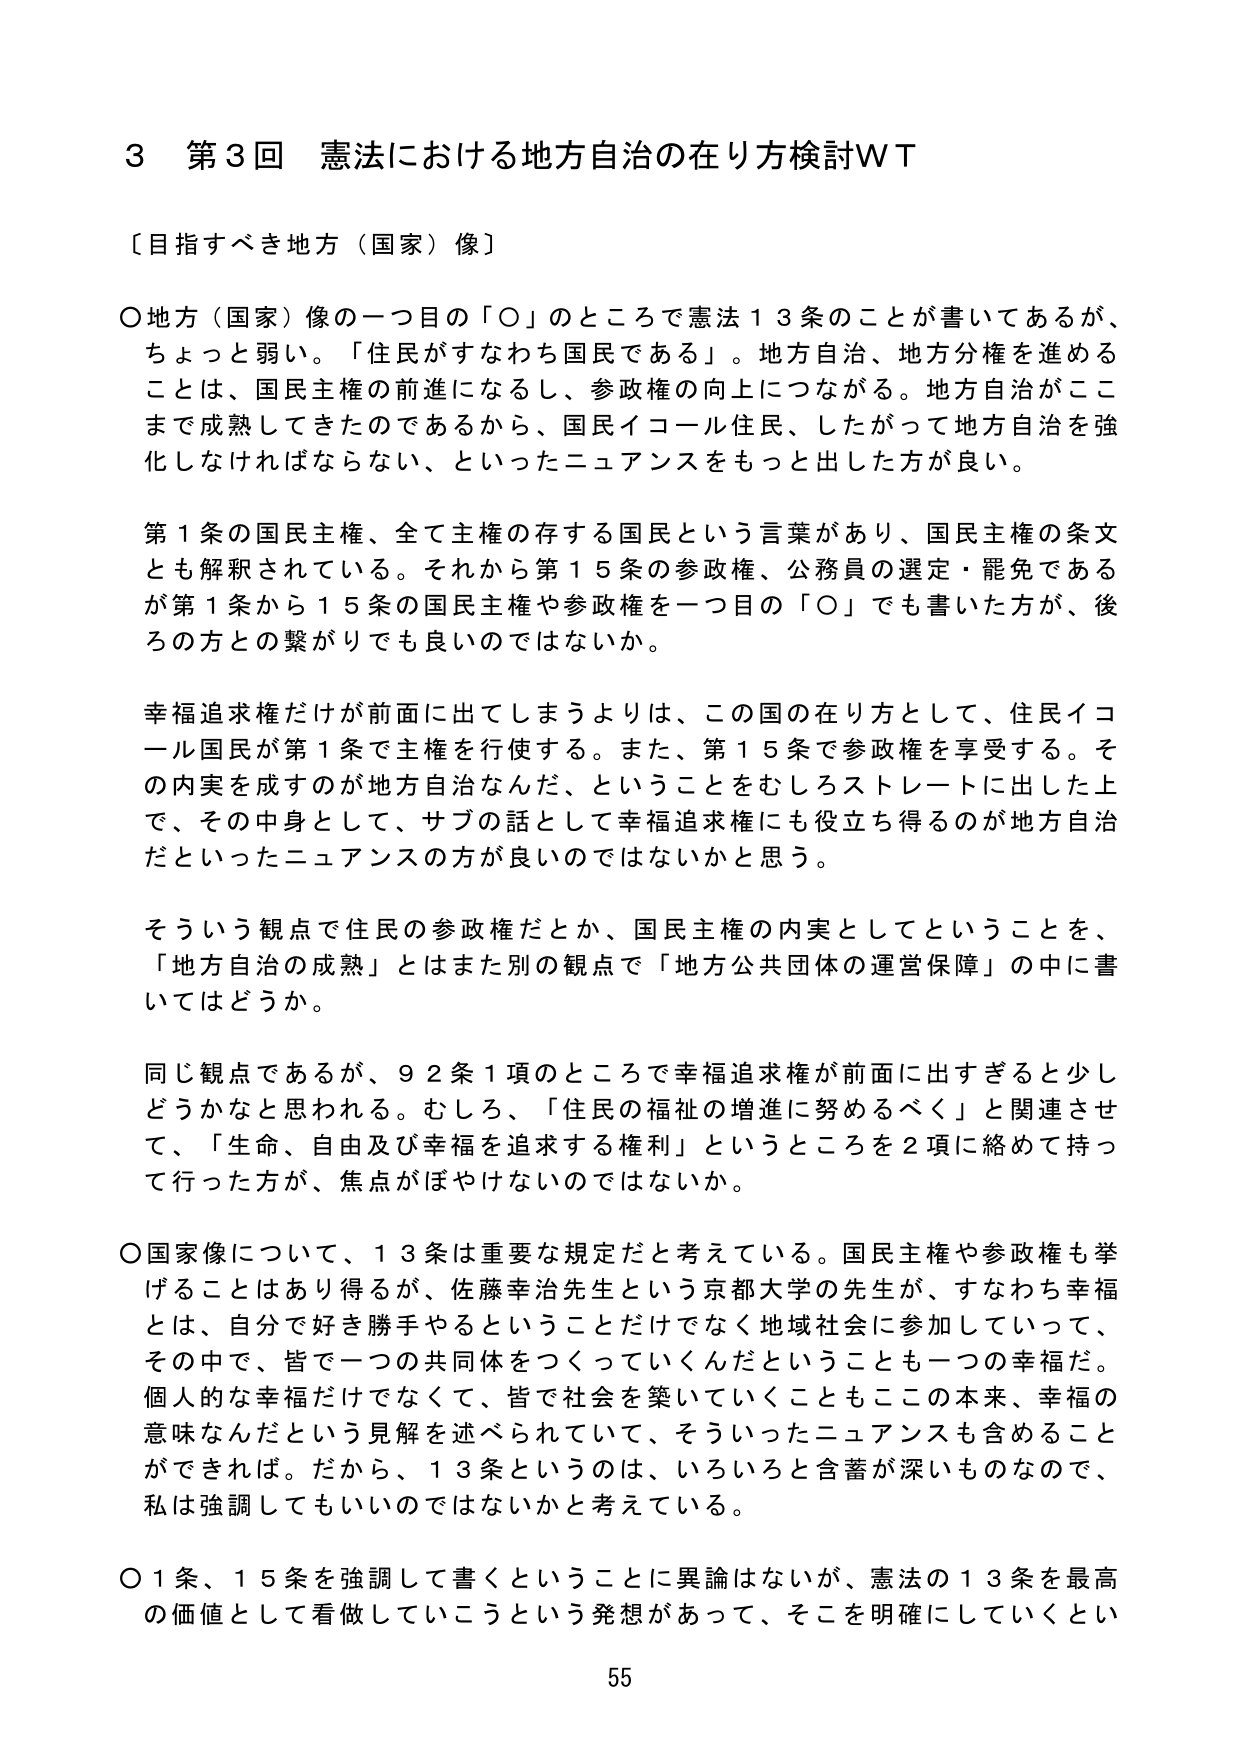
3 第3回 憲法における地方自治の在り方検討WT

〔目指すべき地方（国家）像〕

〇地方（国家）像の一つ目の「〇」のところで憲法13条のことが書いてあるが、ちょっと弱い。「住民がすなわち国民である」。地方自治、地方分権を進めることは、国民主権の前進になるし、参政権の向上につながる。地方自治がここまで成熟してきたのであるから、国民イコール住民、したがって地方自治を強化しなければならない、といったニュアンスをもっと出した方が良い。

第1条の国民主権、全て主権の存する国民という言葉があり、国民主権の条文とも解釈されている。それから第15条の参政権、公務員の選定・罷免であるが第1条から15条の国民主権や参政権を一つ目の「〇」でも書いた方が、後ろの方との繋がりでも良いのではないか。

幸福追求権だけが前面に出てしまうよりは、この国の在り方として、住民イコール国民が第1条で主権を行使する。また、第15条で参政権を享受する。その内実を成すのが地方自治なんだ、ということをむしろストレートに出した上で、その中身として、サブの話として幸福追求権にも役立ち得るのが地方自治だといったニュアンスの方が良いのではないかと思う。

そういう観点で住民の参政権だとか、国民主権の内実としてということを、「地方自治の成熟」とはまた別の観点で「地方公共団体の運営保障」の中に書いてはどうか。

同じ観点であるが、92条1項のところで幸福追求権が前面に出すぎると少しどうかなと思われる。むしろ、「住民の福祉の増進に努めるべく」と関連させて、「生命、自由及び幸福を追求する権利」というところを2項に絡めて持って行った方が、焦点がぼやけないのではないか。

〇国家像について、13条は重要な規定だと考えている。国民主権や参政権も挙げることはあり得るが、佐藤幸治先生という京都大学の先生が、すなわち幸福とは、自分で好き勝手やることだけでなく地域社会に参加していって、その中で、皆で一つの共同体をつくっていくんだということも一つの幸福だ。個人的な幸福だけでなく、皆で社会を築いていくこともここ本来、幸福の意味なんだという見解を述べられていて、そういったニュアンスも含めることができれば。だから、13条というのは、いろいろと含蓄が深いものなので、私は強調してもいいのではないかと考えている。

〇1条、15条を強調して書くということに異論はないが、憲法の13条を最高の価値として看做していこうという発想があって、そこを明確にしていくとい

55